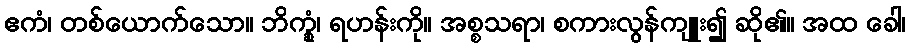
ဧကံ၊ တစ်ယောက်သော။ ဘိက္ခုံ၊ ရဟန်းကို။ အစ္စသရာ၊ စကားလွန်ကျူး၍ ဆို၏။ အထ ခေါ၊